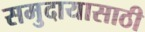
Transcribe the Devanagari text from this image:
समुदायासाठी